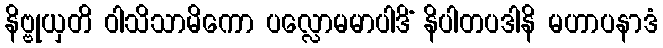
နိဗ္ဗုယှတိ ဝါသိသာမိကော ပလ္လောမမာပါဒိံ နိပါတပဒါနိ မဟာပနာဒံ